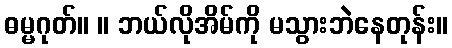
ဓမ္မဂုတ်။ ။ ဘယ်လိုအိမ်ကို မသွားဘဲနေတုန်း။